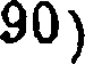
90)